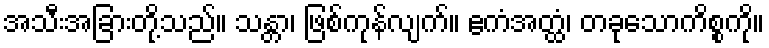
အသီးအခြားတို့သည်။ သန္တာ၊ ဖြစ်ကုန်လျက်။ ဧကံအတ္ထံ၊ တခုသောကိစ္စကို။